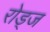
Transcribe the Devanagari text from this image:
रोड्ज